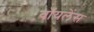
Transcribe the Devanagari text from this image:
वॉयलेंस